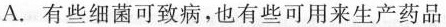
A.有些细菌可致病，也有些可用来生产药品